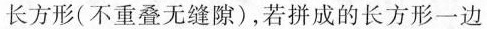
长方形(不重叠无缝隙)，若拼成的长方形一边